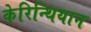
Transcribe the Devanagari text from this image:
केरिन्थियान